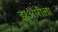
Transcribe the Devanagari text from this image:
झुआरीला